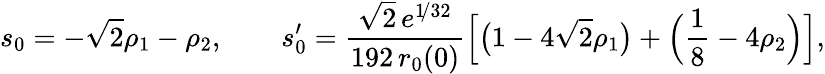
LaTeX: \begin{array}{ccc}{\displaystyle{s_{0}=-\sqrt{2}\rho_{1}-\rho_{2},\qquad s_{0}^{\prime}=\frac{\sqrt{2}\, e^{1\! /32}}{192\, r_{0}(0)}\Big[\big(1-4\sqrt{2}\rho_{1}\big)+\Big(\frac{1}{8}-4\rho_{2}\Big)\Big],}}\end{array}